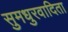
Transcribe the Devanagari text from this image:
सुमधुरवादिता